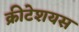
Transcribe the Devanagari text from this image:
क्रीटेशयस